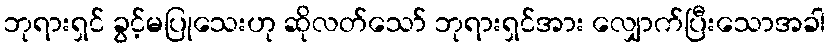
ဘုရားရှင် ခွင့်မပြုသေးဟု ဆိုလတ်သော် ဘုရားရှင်အား လျှောက်ပြီးသောအခါ